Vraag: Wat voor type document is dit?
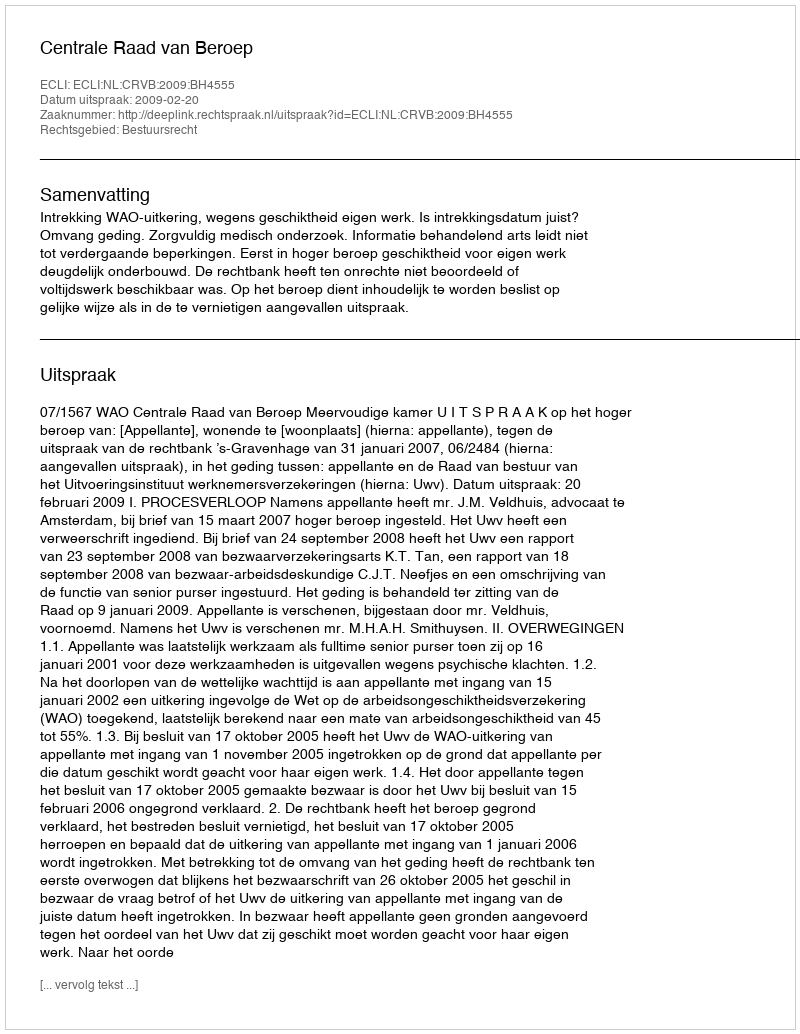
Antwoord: Uitspraak